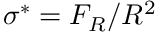
\sigma ^ { * } = F _ { R } / R ^ { 2 }